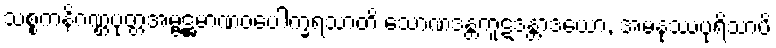
သစ္စကနိဂဏ္ဌပုတ္တအမ္ဗဋ္ဌမာဏဝပေါက္ခရသာတိ သောဏဒန္တကူဋဒန္တာဒယော, အမနုဿပုရိသာပိ